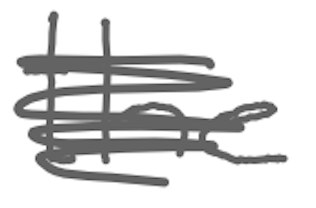
Text: the
Cross-out: scratch
Writing tool: digital_gray